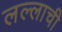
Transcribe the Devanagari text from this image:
लल्लाची